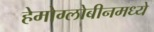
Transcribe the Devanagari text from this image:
हेमोग्लोबीनमध्ये